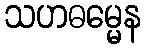
သဟဓမ္မေန